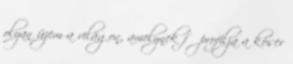
olyan üzem a világon, amelynek fő profilja a kóser